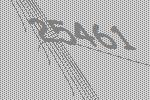
25461